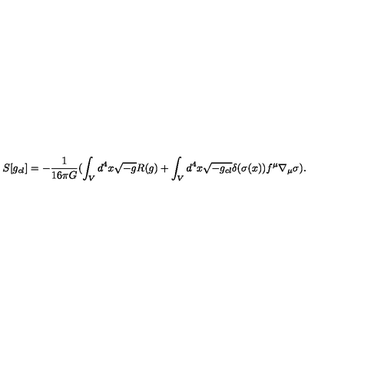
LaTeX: } S [ g _ { c l } ] = - \frac { 1 } { 1 6 \pi G } ( \int _ { V } d ^ { 4 } x \sqrt { - g } R ( g ) + \int _ { V } d ^ { 4 } x \sqrt { - g _ { c l } } \delta ( \sigma ( x ) ) f ^ { \mu } \nabla _ { \mu } \sigma ) .